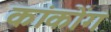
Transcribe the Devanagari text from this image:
कांकोंग